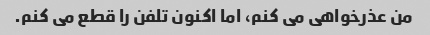
من عذرخواهی می کنم، اما اکنون تلفن را قطع می کنم.